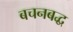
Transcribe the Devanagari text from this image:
बचनबद्ध